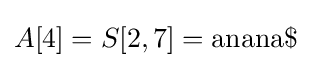
A[4]=S[2,7]={\textrm {anana\$}}